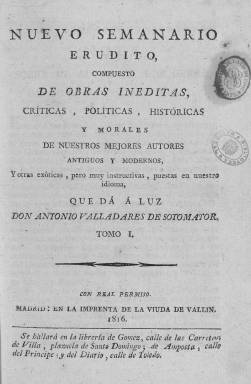
Título: Nuevo semanario erudito, compuesto de obras inéditas, críticas, políticas, históricas y morales de nuestros mejores autores antiguos y modernos, y obras exóticas, pero muy instructivas, puestas en nuestro idioma
Colección: Literatura
Ámbito geográfico: Madrid
Lugar de publicación: Madrid
Fechas: 01/01/1816-31/12/1816